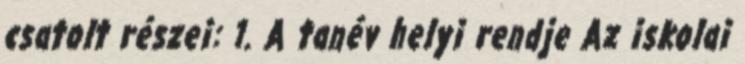
csatolt részei: 1. A tanév helyi rendje Az iskolai